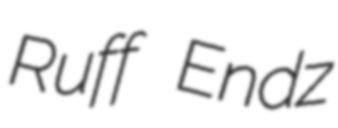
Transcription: Ruff Endz